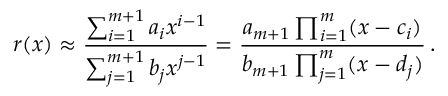
r ( x ) \approx \frac { \sum _ { i = 1 } ^ { m + 1 } a _ { i } x ^ { i - 1 } } { \sum _ { j = 1 } ^ { m + 1 } b _ { j } x ^ { j - 1 } } = \frac { a _ { m + 1 } \prod _ { i = 1 } ^ { m } ( x - c _ { i } ) } { b _ { m + 1 } \prod _ { j = 1 } ^ { m } ( x - d _ { j } ) } \, .